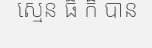
ស្មេន ធ៏ ក៏ បាន